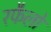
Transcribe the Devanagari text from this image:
रफैलो